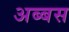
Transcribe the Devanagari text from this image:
अब्बस